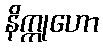
နိက္ကုဟော